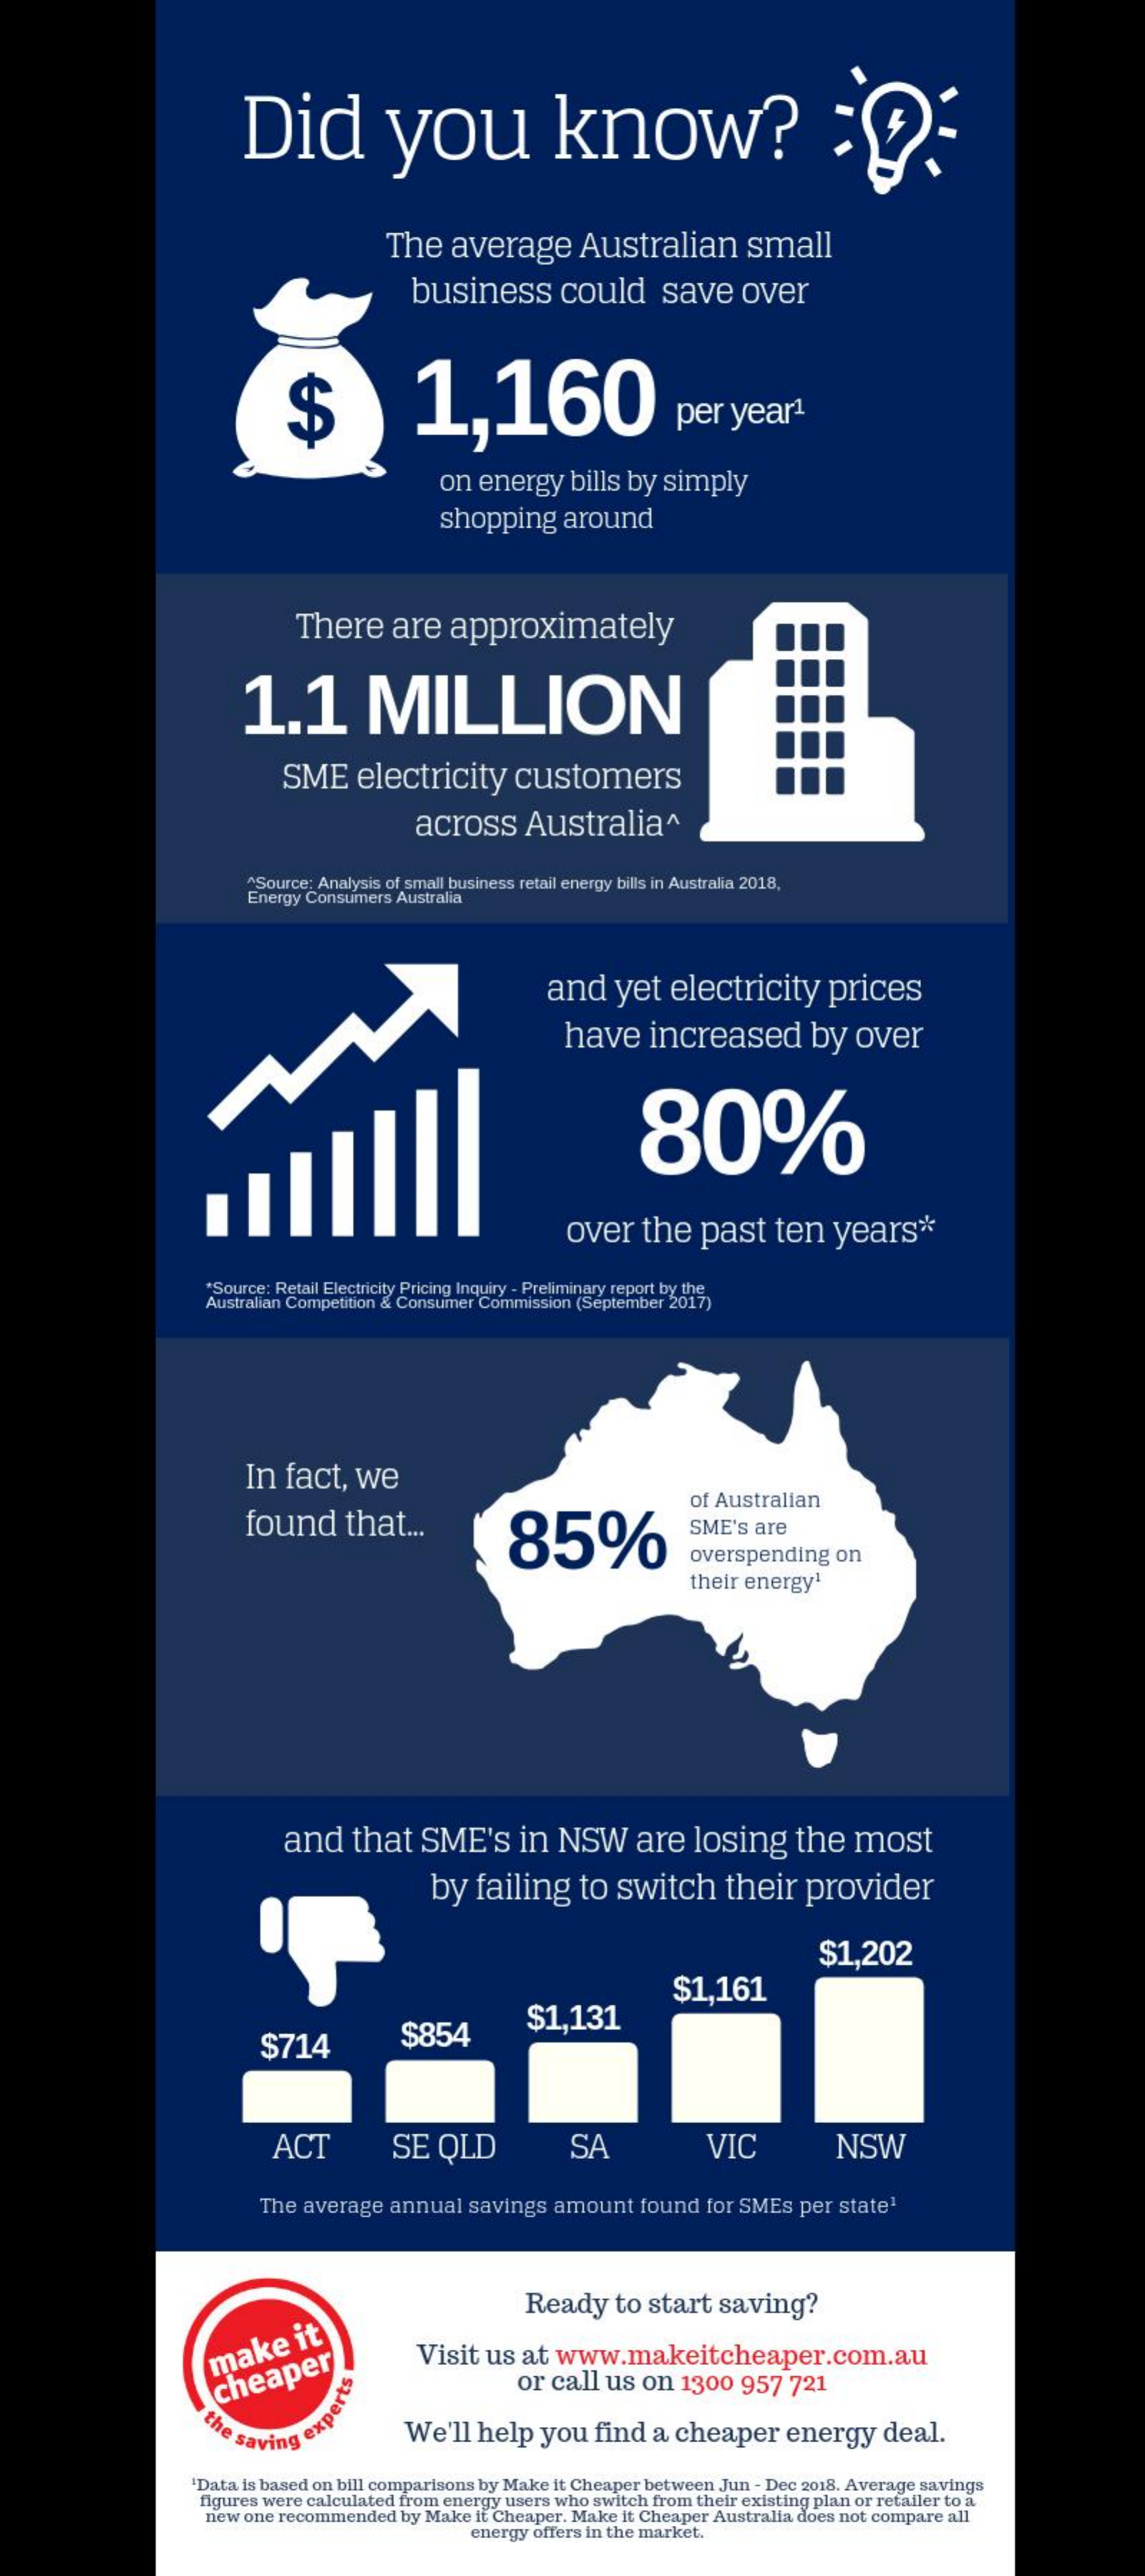
Did    you    know?
     The   average    Australian    small
     business    could    save    over
     $    1,160    per  year1.
     on  energy   bills by  simply
     shopping    around
     There    are   approximately
     1.1    MILLION
     SME    electricity    customers
     across    Australia^
     ^Source: Analysis of small business retail energy bills in Australia 2018,
     Energy Consumers Australia
     and    yet  electricity    prices
     have    increased    by   over
     80%
     over   the   past    ten   years*
     "Source: Retail Electricity Pricing Inquiry - Preliminary report by the
     Australian Competition & Consumer Commission (September 2017)
     In  fact,  we
     found    that   ...    85%
     of Australian
     SME's are
     overspending  on
     their energy1
     and    that   SME's    in  NSW    are  losing    the   most
     by  failing    to  switch    their   provider
     $1,202
     $1,161
     $714    $854    $1,131
     ACT    SE  QLD    SA    VIC    NSW
     The average  annual  savings amount   found  for SMEs per  state1
     Ready    to start  saving?
     make    it
     Visit  us at  www.makeitcheaper.com.au
     cheaper    or call  us on  1300   957  721
     the saving e
     experts
     We'll  help  you   find a  cheaper    energy    deal.
     'Data is based on bill comparisons by Make it Cheaper between Jun - Dec 2018. Average savings
     figures were calculated from energy users who switch from their existing plan or retailer to a
     new one recommended by Make it Cheaper. Make it Cheaper Australia does not compare all
     energy offers in the market.